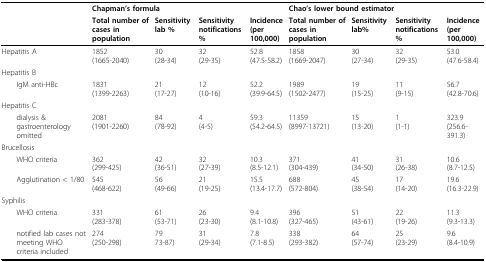
<table><thead><tr><td></td><td colspan="4"><b>Chapman&#x27;s formula</b></td><td colspan="4"><b>Chao&#x27;s lower bound estimator</b></td></tr><tr><td></td><td><b>Total number of cases in population</b></td><td><b>Sensitivity lab %</b></td><td><b>Sensitivity notifications %</b></td><td><b>Incidence(per 100,000)</b></td><td><b>Total number of cases in population</b></td><td><b>Sensitivity lab%</b></td><td><b>Sensitivity notifications %</b></td><td><b>Incidence (per 100,000)</b></td></tr></thead><tbody><tr><td>Hepatitis A</td><td>1852(1665-2040)</td><td>30(28-34)</td><td>32(29-35)</td><td>52.8(47.5-58.2)</td><td>1858(1669-2047)</td><td>30(27-34)</td><td>32(29-35)</td><td>53.0(47.6-58.4)</td></tr><tr><td>Hepatitis B</td><td></td><td></td><td></td><td></td><td></td><td></td><td></td><td></td></tr><tr><td> IgM anti-HBc</td><td>1831(1399-2263)</td><td>21(17-27)</td><td>12(10-16)</td><td>52.2(39.9-64.5)</td><td>1989(1502-2477)</td><td>19(15-25)</td><td>11(9-15)</td><td>56.7(42.8-70.6)</td></tr><tr><td>Hepatitis C</td><td></td><td></td><td></td><td></td><td></td><td></td><td></td><td></td></tr><tr><td> dialysis &amp; gastroenterology omitted</td><td>2081(1901-2260)</td><td>84(78-92)</td><td>4(4-5)</td><td>59.3(54.2-64.5)</td><td>11359(8997-13721)</td><td>15(13-20)</td><td>1(1-1)</td><td>323.9(256.6-391.3)</td></tr><tr><td>Brucellosis</td><td></td><td></td><td></td><td></td><td></td><td></td><td></td><td></td></tr><tr><td> WHO criteria</td><td>362(299-425)</td><td>42(36-51)</td><td>32(27-39)</td><td>10.3(8.5-12.1)</td><td>371(304-439)</td><td>41(34-50)</td><td>31(26-38)</td><td>10.6(8.7-12.5)</td></tr><tr><td> Agglutination &lt; 1/80</td><td>545(468-622)</td><td>56(49-66)</td><td>21(19-25)</td><td>15.5(13.4-17.7)</td><td>688(572-804)</td><td>45(38-54)</td><td>17(14-20)</td><td>19.6(16.3-22.9)</td></tr><tr><td>Syphilis</td><td></td><td></td><td></td><td></td><td></td><td></td><td></td><td></td></tr><tr><td> WHO criteria</td><td>331(283-378)</td><td>61(53-71)</td><td>26(23-30)</td><td>9.4(8.1-10.8)</td><td>396(327-465)</td><td>51(43-61)</td><td>22(19-26)</td><td>11.3(9.3-13.3)</td></tr><tr><td> notified lab cases not meeting WHO criteria included</td><td>274(250-298)</td><td>7973-87)</td><td>31(29-34)</td><td>7.8(7.1-8.5)</td><td>338(293-382)</td><td>64(57-74)</td><td>25(23-29)</td><td>9.6(8.4-10.9)</td></tr></tbody></table>